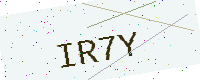
Text: IR7Y